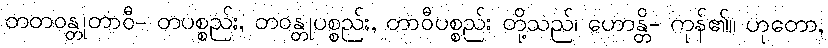
တတဝန္တုတာဝီ- တပစ္စည်း, တဝန္တုပစ္စည်း, တာဝီပစ္စည်း တို့သည်၊ ဟောန္တိ- ကုန်၏။ ဟုတော,